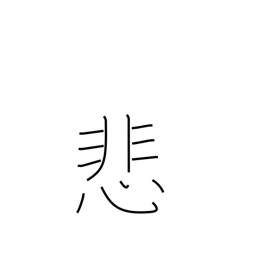
Meaning: deplore